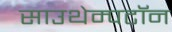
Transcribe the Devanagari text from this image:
साउथेम्पटॉन